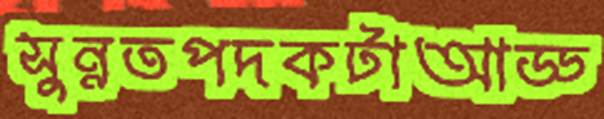
সুন্নতপদকটাআড্ড